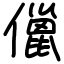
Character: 儠